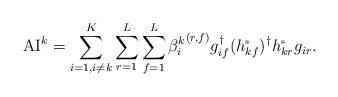
LaTeX: \begin{align*} \mbox{AI}^k=\sum_{i=1, i\neq k}^{K}\sum_{r=1}^{L}\sum_{f=1}^{L}{\beta^{k}_{i}}^{(r,f)}g_{if}^{\dagger}(h_{kf}^{\mbox{\tiny{s}}})^{\dagger}h_{kr}^{\mbox{\tiny{s}}}g_{ir}.\end{align*}